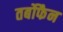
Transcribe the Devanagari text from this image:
तर्बोफैन